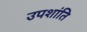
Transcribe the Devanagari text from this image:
उपशांति